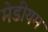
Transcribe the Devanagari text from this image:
मेडीयम